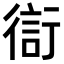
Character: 𧗳